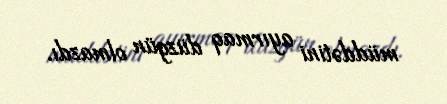
müddətini ayırmaq düzgün olmazdı.